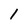
Character: 1